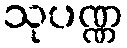
သုပဏ္ဏ